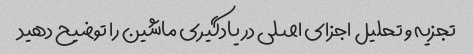
تجزیه و تحلیل اجزای اصلی در یادگیری ماشین را توضیح دهید